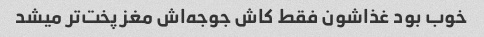
خوب بود غذاشون فقط کاش جوجه‌اش مغز پخت‌تر میشد